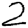
Digit: 2